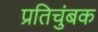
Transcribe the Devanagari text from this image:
प्रतिचुंबक